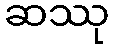
ဆဿု